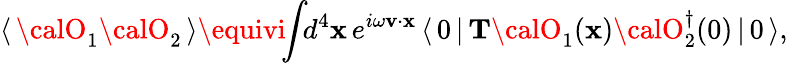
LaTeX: \langle\, {\calO}_{1}{\calO}_{2}\, \rangle\equivi\! \! \int\! \! d^{4}\mathbf{x}\, e^{i\omega\mathbf{v}\cdot\mathbf{x}}\, \langle\, 0\, |\, {\mathbf{T}}{\calO}_{1}(\mathbf{x}){\calO}_{2}^{\dagger}(0)\, |\, 0\, \rangle,